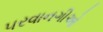
પરવાનગીઓ